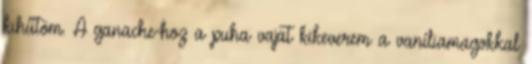
kihűtöm. A ganache-hoz a puha vajat kikeverem a vaníliamagokkal